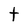
Character: t